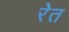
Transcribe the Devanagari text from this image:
रेेत